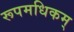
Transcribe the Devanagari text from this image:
रूपमधिकम्